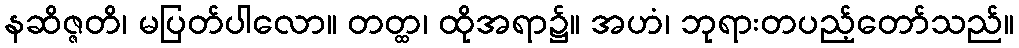
နဆိဇ္ဇတိ၊ မပြတ်ပါလော။ တတ္ထ၊ ထိုအရာ၌။ အဟံ၊ ဘုရားတပည့်တော်သည်။